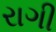
રાગી